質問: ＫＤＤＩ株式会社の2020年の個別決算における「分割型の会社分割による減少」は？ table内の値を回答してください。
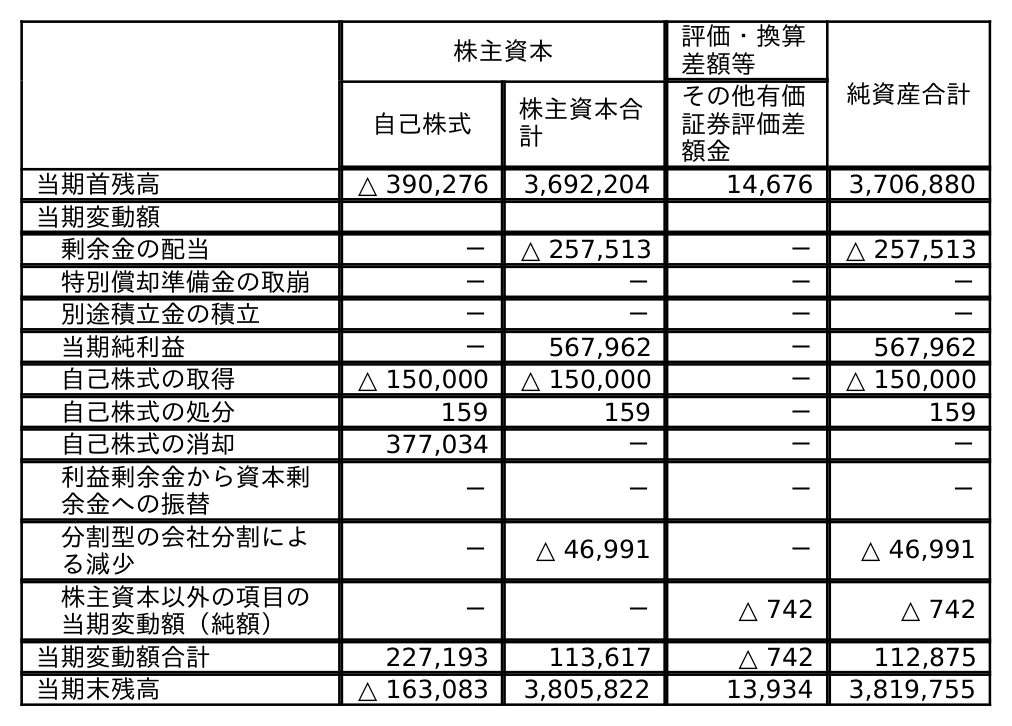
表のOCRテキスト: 株主資本 評価・換算 差額等 純資産合計 自己株式 株主資本合 計 その他有価 証券評価差 額金 当期首残高 △ 390,276 3,692,204 14,676 3,706,880 当期変動額 剰余金の配当 － △ 257,513 － △ 257,513 特別償却準備金の取崩 － － － － 別途積立金の積立 － － － － 当期純利益 － 567,962 － 567,962 自己株式の取得 △ 150,000 △ 150,000 － △ 150,000 自己株式の処分 159 159 － 159 自己株式の消却 377,034 － － － 利益剰余金から資本剰 余金への振替 － － － － 分割型の会社分割によ る減少 － △ 46,991 － △ 46,991 株主資本以外の項目の 当期変動額（純額） － － △ 742 △ 742 当期変動額合計 227,193 113,617 △ 742 112,875 当期末残高 △ 163,083 3,805,822 13,934 3,819,755
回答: △46,991